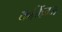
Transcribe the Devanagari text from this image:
कमिंग्ज